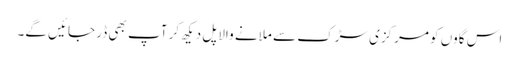
اس گاوں کو مرکزی سڑک سے ملانے والا پل دیکھ کر آپ بھی ڈر جائیں گے۔